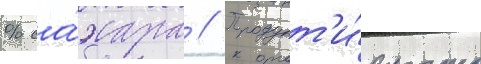
% са́хара // Продукт'и́вность